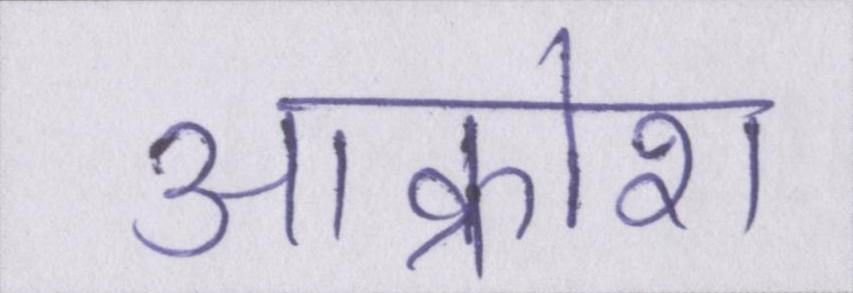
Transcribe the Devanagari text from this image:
आक्रोश